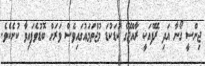
ޖިންސީ ގޯނާ އަދި ރޭފްއަކީ ރާއްޖޭގެ ކުޑަކުޑަ މުޖްތަމައުގައިވެސް ވަރަށް ބޮޑުވެފައިވާ ކުށެކެވެ.